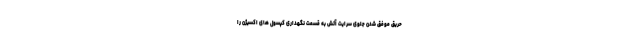
حریق موفق شدن جلوی سرایت آتش به قسمت نگهداری کپسول های اکسیژن را